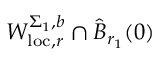
W _ { \mathrm { l o c } , r } ^ { \Sigma _ { 1 } , b } \cap \widehat { B } _ { r _ { 1 } } ( 0 )